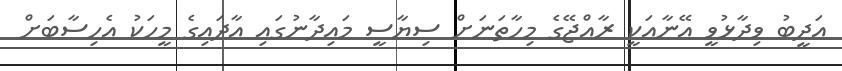
އަދީބު ވިދާޅުވީ އޭނާއަކީ ރާއްޖޭގެ މިހާތަނަށް ސިޔާސީ މައިދާނުގައި އާދައިގެ މީހަކު އެހިސާބަށް